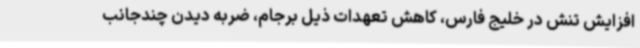
افزایش تنش در خلیج فارس، کاهش تعهدات ذیل برجام، ضربه دیدن چندجانب